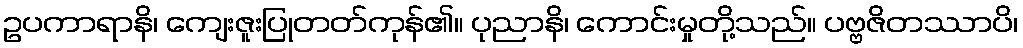
ဥပကာရာနိ၊ ကျေးဇူးပြုတတ်ကုန်၏။ ပုညာနိ၊ ကောင်းမှုတို့သည်။ ပဗ္ဗဇိတဿာပိ၊